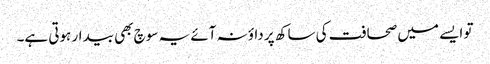
تو ایسے میں صحافت کی ساکھ پر داؤ نہ آئے یہ سوچ بھی بیدار ہوتی ہے۔